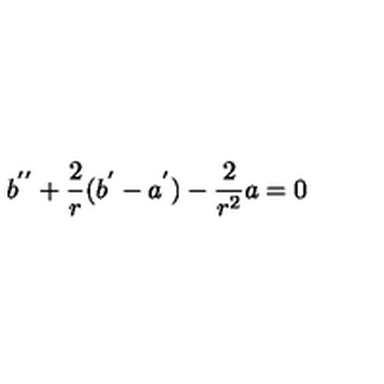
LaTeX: b ^ { ' ^ { \prime } } + \frac { 2 } { r } ( b ^ { ' } - a ^ { ' } ) - \frac { 2 } { r ^ { 2 } } a = 0